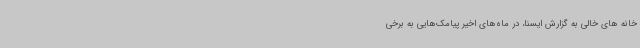
خانه های خالی به گزارش ایسنا، در ماه‌های اخیر پیامک‌هایی به برخی